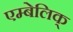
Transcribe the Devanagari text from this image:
एम्बेलिक्